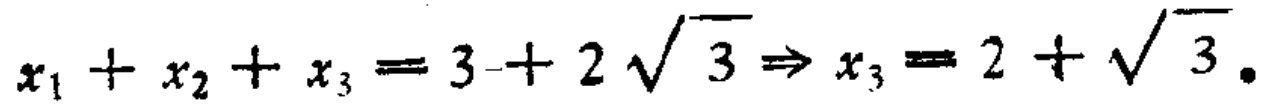
\(x_{1}+x_{2}+x_{3}=3 + 2\sqrt{3}\Rightarrow x_{3}=2+\sqrt{3}.\)